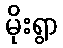
မိုးရွာ